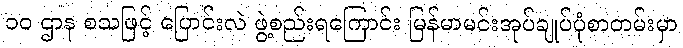
၁၀ ဌာန စသဖြင့် ပြောင်းလဲ ဖွဲ့စည်းရကြောင်း မြန်မာမင်းအုပ်ချုပ်ပုံစာတမ်းမှာ